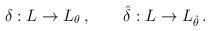
LaTeX: \begin{align*}\delta : L \to L_{\theta} \, , \qquad \hat \delta : L \to L_{\hat \theta} \, .\end{align*}